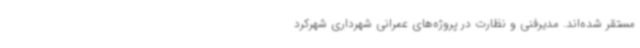
مستقر شده‌اند. مدیرفنی و نظارت در پروژه‌های عمرانی شهرداری شهرکرد